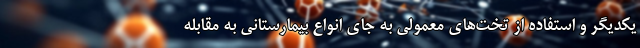
یکدیگر و استفاده از تخت‌های معمولی به جای انواع بیمارستانی به مقابله